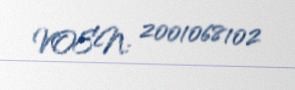
VOEN: 2001068102